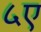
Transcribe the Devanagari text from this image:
५ए